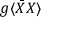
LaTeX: g \langle { \bar { X } } X \rangle